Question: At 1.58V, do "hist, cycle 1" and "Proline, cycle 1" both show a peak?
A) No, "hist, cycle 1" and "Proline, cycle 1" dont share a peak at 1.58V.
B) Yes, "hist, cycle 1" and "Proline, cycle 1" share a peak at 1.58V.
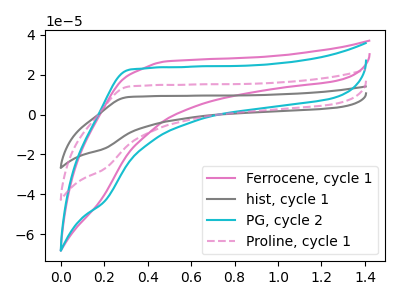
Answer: <think>The pink curve "Ferrocene, cycle 1" has no peaks. The gray curve "hist, cycle 1" has no peaks. The cyan curve "PG, cycle 2" has no peaks. The pink dashed curve "Proline, cycle 1" has no peaks.</think>
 <answer>A) No, "hist, cycle 1" and "Proline, cycle 1" dont share a peak at 1.58V.</answer>
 <eval>A</eval>